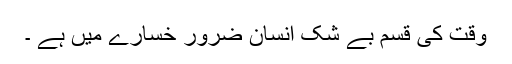
وقت کی قسم بے شک انسان ضرور خسارے میں ہے ۔